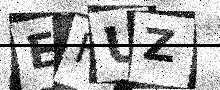
Text: EFUZ